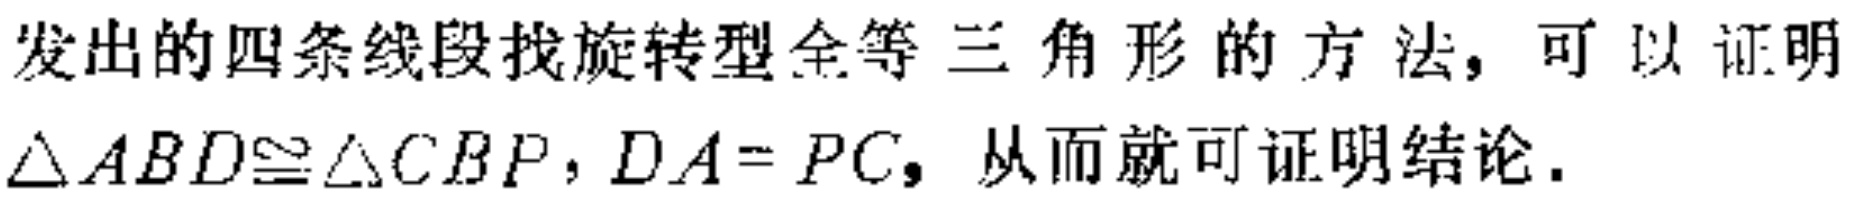
发出的四条线段找旋转型全等三角形的方法，可以证明$\triangle ABD\cong\triangle CBP，DA = PC$，从而就可证明结论.